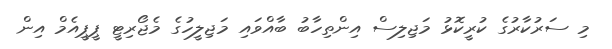
މި ސަރުކާރުގެ ކުރީކޮޅު މަޖިލިސް އިންތިހާބު ބާއްވައި މަޖިލީހުގެ މެޖޯރިޓީ ޕީޕީއެމް އިން